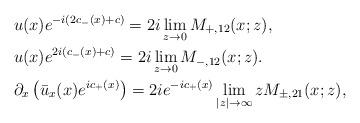
LaTeX: \begin{align*}&u(x)e^{-i(2c_-(x)+c)}=2 i\lim _{z\rightarrow 0}M_{+,12}(x;z),\\&u(x)e^{2i(c_-(x)+c)}=2 i\lim _{z\rightarrow 0}M_{-,12}(x;z).\\&\partial_x\left(\bar{u}_x(x) e^{ic_+(x)}\right)=2 i e^{-ic_+(x)} \lim _{|z|\rightarrow \infty}z M_{\pm,21}(x;z),\end{align*}